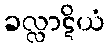
ခလ္လာဋိယံ